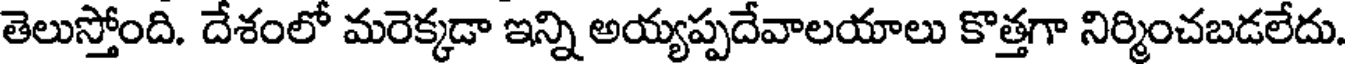
తెలుస్తోంది. దేశంలో మరెక్కడా ఇన్ని అయ్యప్పదేవాలయాలు కొత్తగా నిర్మించబడలేదు.